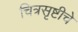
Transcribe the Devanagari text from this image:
चित्रसृष्टीचे